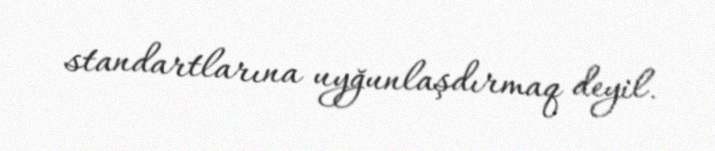
standartlarına uyğunlaşdırmaq deyil.